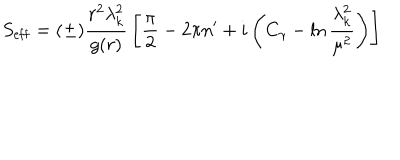
S _ { \mathrm { e f f } } = ( \pm ) { \frac { r ^ { 2 } \lambda _ { k } ^ { 2 } } { g ( r ) } } \left[ { \frac { \pi } { 2 } } - 2 \pi n ^ { \prime } + i \left( C _ { \gamma } - \ln { \frac { \lambda _ { k } ^ { 2 } } { \mu ^ { 2 } } } \right) \right]